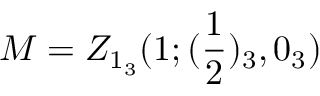
M = Z _ { 1 _ { 3 } } ( 1 ; ( \frac { 1 } { 2 } ) _ { 3 } , 0 _ { 3 } )